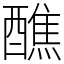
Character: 醮